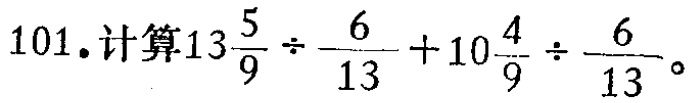
101. 计算\(13\frac{5}{9}\div\frac{6}{13}+10\frac{4}{9}\div\frac{6}{13}\)。